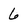
Character: 6